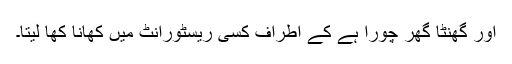
اور گھنٹا گھر چورا ہے کے اطراف کسی ریسٹورانٹ میں کھانا کھا لیتا۔